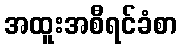
အထူးအစီရင်ခံစာ